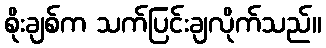
စိုးချစ်က သက်ပြင်းချလိုက်သည်။